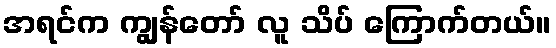
အရင်က ကျွန်တော် လူ သိပ် ကြောက်တယ်။